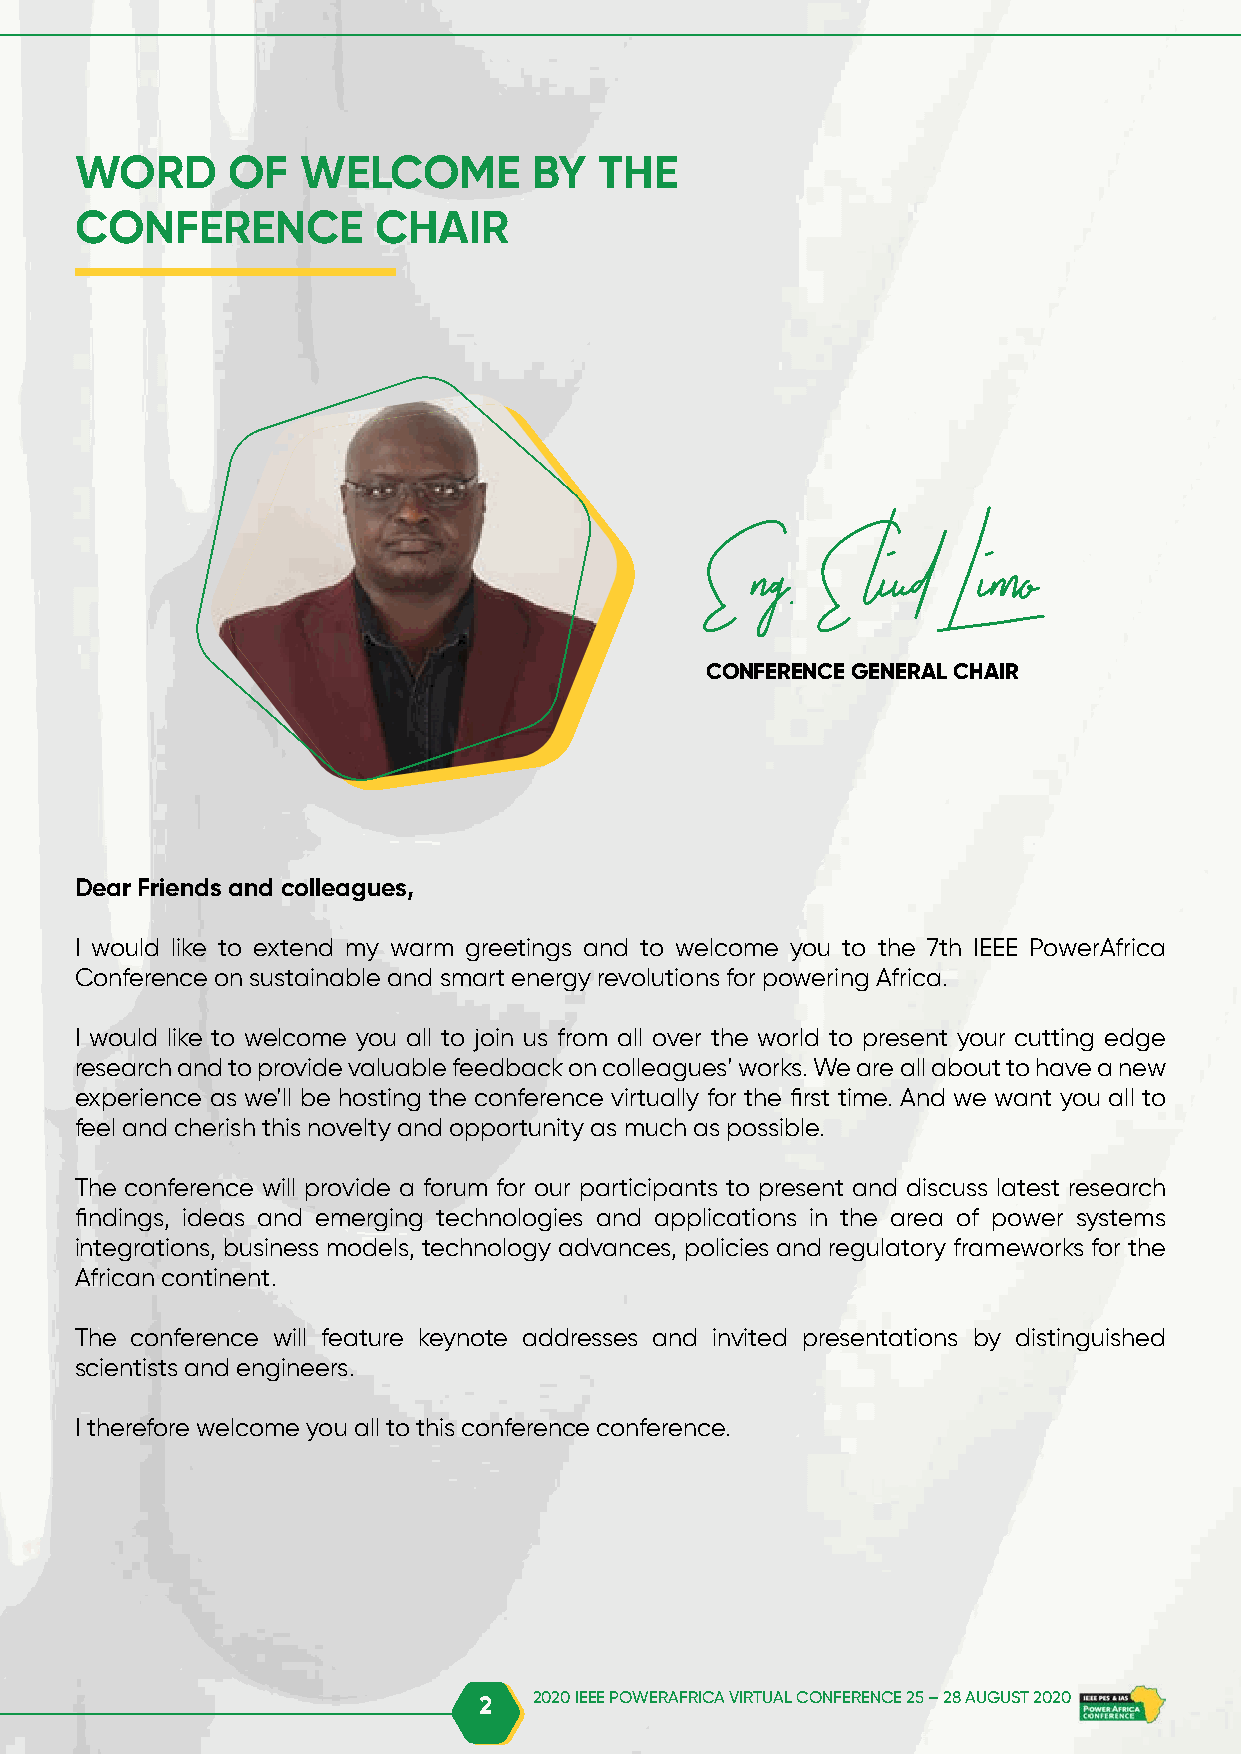
WORD      OF   WELCOME        BY   THE
 CONFERENCE          CHAIR
 Eng.    Eliud   Limo
 CONFERENCE GENERAL CHAIR
 Dear Friends and colleagues,
 I would like to extend my warm greetings and to welcome you to the 7th IEEE PowerAfrica
 Conference on sustainable and smart energy revolutions for powering Africa.
 I would like to welcome you all to join us from all over the world to present your cutting edge
 research and to provide valuable feedback on colleagues’ works. We are all about to have a new
 experience as we’ll be hosting the conference virtually for the first time. And we want you all to
 feel and cherish this novelty and opportunity as much as possible.
 The conference will provide a forum for our participants to present and discuss latest research
 findings, ideas and emerging technologies and applications in the area of power systems
 integrations, business models, technology advances, policies and regulatory frameworks for the
 African continent.
 The conference will feature keynote addresses and invited presentations by distinguished
 scientists and engineers.
 I therefore welcome you all to this conference conference.
 2  2020 IEEE POWERAFRICA VIRTUAL CONFERENCE 25 – 28 AUGUST 2020